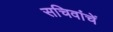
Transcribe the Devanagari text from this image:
सचिवांचें